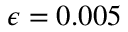
\epsilon = 0 . 0 0 5